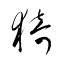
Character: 猗